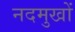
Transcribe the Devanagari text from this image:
नदमुखों